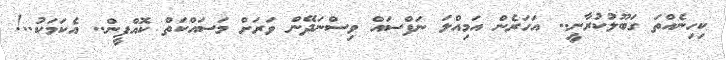
ކިހިނެއްތަ ގަބޫލުކުރާނީ.. އަހަރެން އަމިއްލަ ނަފްސައް ވިސްނަދޭން ވަރަށް މަސައްކަތް ކޮއްފީން.. އެކަމަކު..!